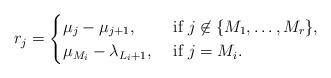
LaTeX: \begin{align*} r_j = \begin{cases} \mu_j - \mu_{j + 1}, &\textrm{ if } j \not\in \{ M_1, \dots, M_r \}, \\ \mu_{M_i} - \lambda_{L_i + 1}, &\textrm{ if } j = M_i.\end{cases}\end{align*}